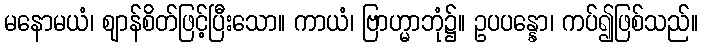
မနောမယံ၊ ဈာန်စိတ်ဖြင့်ပြီးသော။ ကာယံ၊ ဗြာဟ္မာဘုံ၌။ ဥပပန္နော၊ ကပ်၍ဖြစ်သည်။